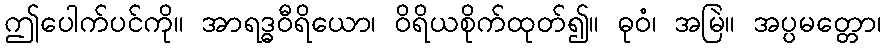
ဤပေါက်ပင်ကို။ အာရဒ္ဓဝီရိယော၊ ဝိရိယစိုက်ထုတ်၍။ ဓုဝံ၊ အမြဲ။ အပ္ပမတ္တော၊